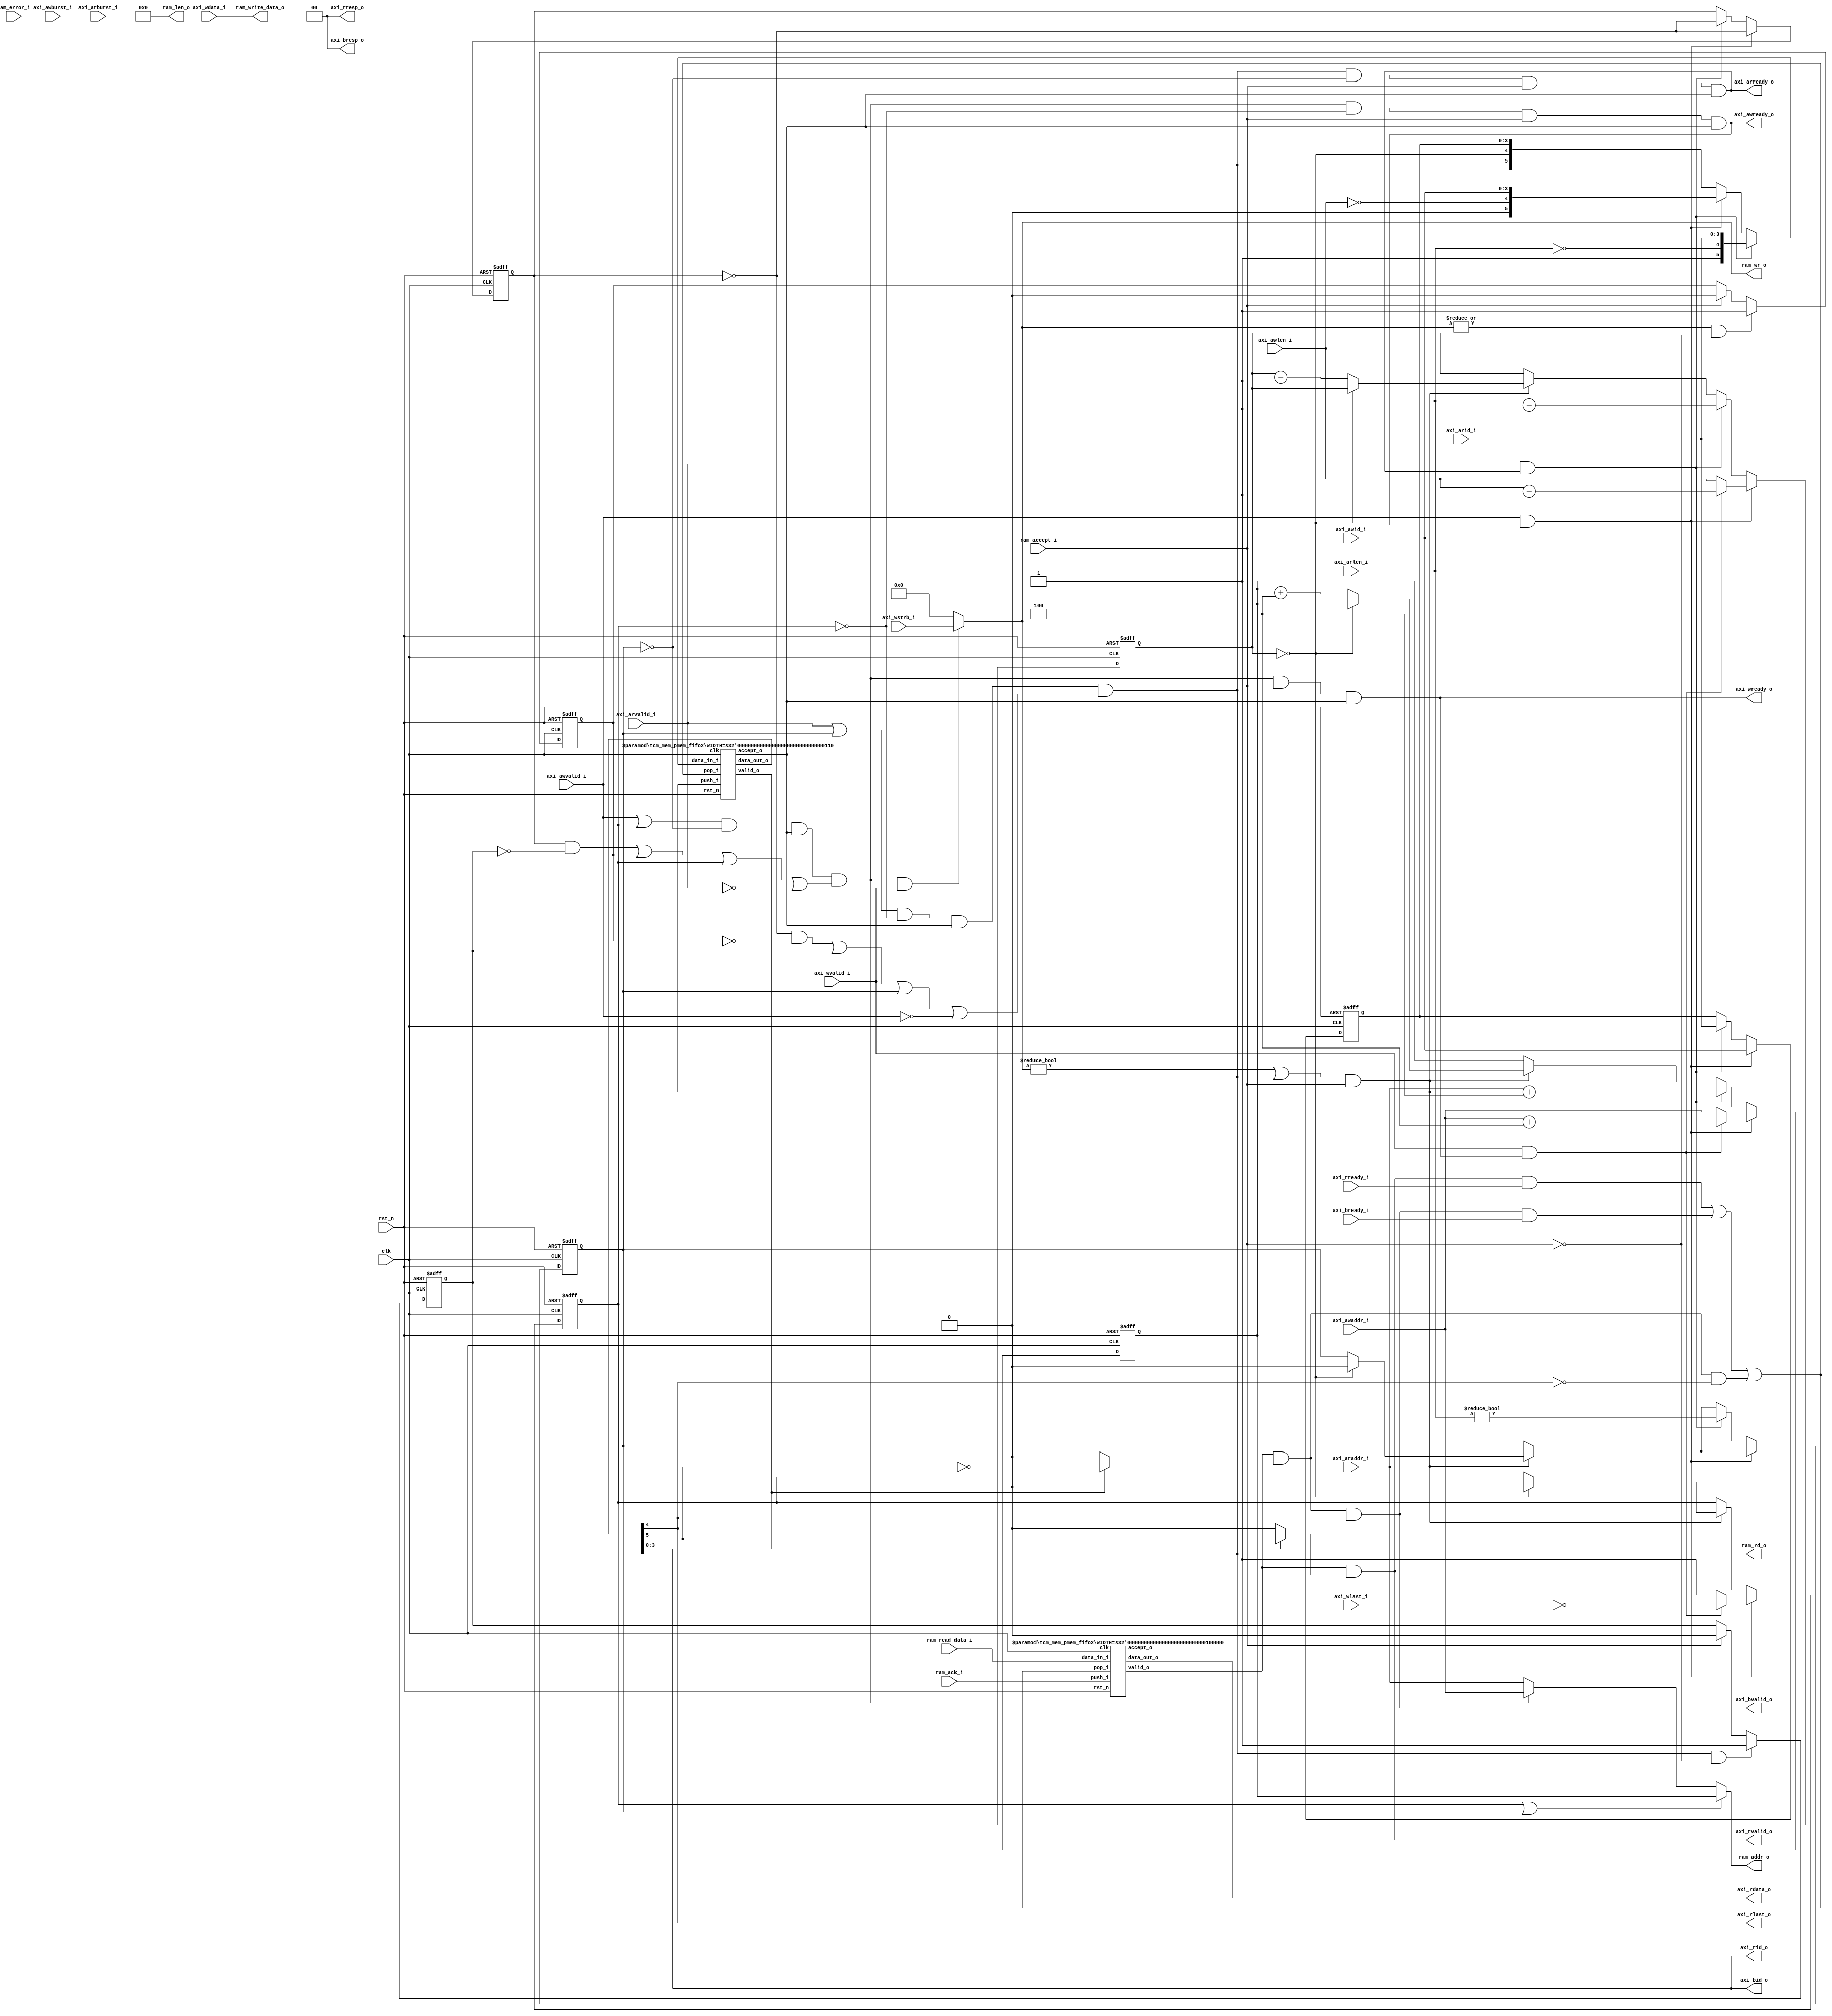
//-----------------------------------------------------------------
//
// Copyright (c) 2022-2024 Zhengde
// All rights reserved.
//
//-----------------------------------------------------------------
//                         biRISC-V CPU
//                            V0.6.0
//                     Ultra-Embedded.com
//                     Copyright 2019-2020
//
//                   admin@ultra-embedded.com
//
//                     License: Apache 2.0
//-----------------------------------------------------------------
// Copyright 2020 Ultra-Embedded.com
// 
// Licensed under the Apache License, Version 2.0 (the "License");
// you may not use this file except in compliance with the License.
// You may obtain a copy of the License at
// 
//     http://www.apache.org/licenses/LICENSE-2.0
// 
// Unless required by applicable law or agreed to in writing, software
// distributed under the License is distributed on an "AS IS" BASIS,
// WITHOUT WARRANTIES OR CONDITIONS OF ANY KIND, either express or implied.
// See the License for the specific language governing permissions and
// limitations under the License.
//-----------------------------------------------------------------

module tcm_mem_pmem
(
    // Inputs
    input           clk              ,
    input           rst_n            ,
    input           axi_awvalid_i    ,
    input  [ 31:0]  axi_awaddr_i     ,
    input  [  3:0]  axi_awid_i       ,
    input  [  7:0]  axi_awlen_i      ,
    input  [  1:0]  axi_awburst_i    ,
    input           axi_wvalid_i     ,
    input  [ 31:0]  axi_wdata_i      ,
    input  [  3:0]  axi_wstrb_i      ,
    input           axi_wlast_i      ,
    input           axi_bready_i     ,
    input           axi_arvalid_i    ,
    input  [ 31:0]  axi_araddr_i     ,
    input  [  3:0]  axi_arid_i       ,
    input  [  7:0]  axi_arlen_i      ,
    input  [  1:0]  axi_arburst_i    ,
    input           axi_rready_i     ,
    input           ram_accept_i     ,
    input           ram_ack_i        ,
    input           ram_error_i      ,
    input  [ 31:0]  ram_read_data_i  ,

    // Outputs
    output          axi_awready_o    ,
    output          axi_wready_o     ,
    output          axi_bvalid_o     ,
    output [  1:0]  axi_bresp_o      ,
    output [  3:0]  axi_bid_o        ,
    output          axi_arready_o    ,
    output          axi_rvalid_o     ,
    output [ 31:0]  axi_rdata_o      ,
    output [  1:0]  axi_rresp_o      ,
    output [  3:0]  axi_rid_o        ,
    output          axi_rlast_o      ,
    output [  3:0]  ram_wr_o         ,
    output          ram_rd_o         ,
    output [  7:0]  ram_len_o        ,
    output [ 31:0]  ram_addr_o       ,
    output [ 31:0]  ram_write_data_o 
);

    //-------------------------------------------------------------
    // calculate_addr_next
    //-------------------------------------------------------------
    function [31:0] calculate_addr_next;
        input [31:0] addr;
        input [1:0]  axtype;
        input [7:0]  axlen;
    
        reg [31:0]   mask;
    begin
        mask = 0;
    
        case (axtype)
    `ifdef SUPPORT_FIXED_BURST
        2'd0: // AXI4_BURST_FIXED
        begin
            calculate_addr_next = addr;
        end
    `endif
    `ifdef SUPPORT_WRAP_BURST
        2'd2: // AXI4_BURST_WRAP
        begin
            case (axlen)
            8'd0:      mask = 32'h03;
            8'd1:      mask = 32'h07;
            8'd3:      mask = 32'h0F;
            8'd7:      mask = 32'h1F;
            8'd15:     mask = 32'h3F;
            default:   mask = 32'h3F;
            endcase
    
            calculate_addr_next = (addr & ~mask) | ((addr + 4) & mask);
        end
    `endif
        default: // AXI4_BURST_INCR
            calculate_addr_next = addr + 4;
        endcase
    end
    endfunction

    //-----------------------------------------------------------------
    // Registers / Wires
    //-----------------------------------------------------------------
    reg [7:0]   req_len_q;
    reg [31:0]  req_addr_q;
    reg         req_rd_q;
    reg         req_wr_q;
    reg [3:0]   req_id_q;
    reg [1:0]   req_axburst_q;
    reg [7:0]   req_axlen_q;
    reg         req_prio_q;
    reg         req_hold_rd_q;
    reg         req_hold_wr_q;
    
    wire        req_fifo_accept_w;

    //-----------------------------------------------------------------
    // Sequential
    //-----------------------------------------------------------------
    always @(posedge clk or negedge rst_n) begin
        if (!rst_n)
        begin
            req_len_q     <= 8'b0;
            req_addr_q    <= 32'b0;
            req_wr_q      <= 1'b0;
            req_rd_q      <= 1'b0;
            req_id_q      <= 4'b0;
            req_axburst_q <= 2'b0;
            req_axlen_q   <= 8'b0;
            req_prio_q    <= 1'b0;
        end
        else begin
            // Burst continuation
            if ((ram_wr_o != 4'b0 || ram_rd_o) && ram_accept_i)
            begin
                if (req_len_q == 8'd0)
                begin
                    req_rd_q   <= 1'b0;
                    req_wr_q   <= 1'b0;
                end
                else
                begin
                    req_addr_q <= calculate_addr_next(req_addr_q, req_axburst_q, req_axlen_q);
                    req_len_q  <= req_len_q - 8'd1;
                end
            end
        
            // Write command accepted
            if (axi_awvalid_i && axi_awready_o)
            begin
                // Data ready?
                if (axi_wvalid_i && axi_wready_o)
                begin
                    req_wr_q      <= !axi_wlast_i;
                    req_len_q     <= axi_awlen_i - 8'd1;
                    req_id_q      <= axi_awid_i;
                    req_axburst_q <= axi_awburst_i;
                    req_axlen_q   <= axi_awlen_i;
                    req_addr_q    <= calculate_addr_next(axi_awaddr_i, axi_awburst_i, axi_awlen_i);
                end
                // Data not ready
                else
                begin
                    req_wr_q      <= 1'b1;
                    req_len_q     <= axi_awlen_i;
                    req_id_q      <= axi_awid_i;
                    req_axburst_q <= axi_awburst_i;
                    req_axlen_q   <= axi_awlen_i;
                    req_addr_q    <= axi_awaddr_i;
                end
                req_prio_q    <= !req_prio_q;
            end
            // Read command accepted
            else if (axi_arvalid_i && axi_arready_o)
            begin
                req_rd_q      <= (axi_arlen_i != 0);
                req_len_q     <= axi_arlen_i - 8'd1;
                req_addr_q    <= calculate_addr_next(axi_araddr_i, axi_arburst_i, axi_arlen_i);
                req_id_q      <= axi_arid_i;
                req_axburst_q <= axi_arburst_i;
                req_axlen_q   <= axi_arlen_i;
                req_prio_q    <= !req_prio_q;
            end
        end
    end

    always @(posedge clk or negedge rst_n) begin
        if (!rst_n)
        begin
            req_hold_rd_q   <= 1'b0;
            req_hold_wr_q   <= 1'b0;
        end
        else begin
            if (ram_rd_o && !ram_accept_i)
                req_hold_rd_q   <= 1'b1;
            else if (ram_accept_i)
                req_hold_rd_q   <= 1'b0;
        
            if ((|ram_wr_o) && !ram_accept_i)
                req_hold_wr_q   <= 1'b1;
            else if (ram_accept_i)
                req_hold_wr_q   <= 1'b0;
        end
    end

    //-----------------------------------------------------------------
    // Request tracking
    //-----------------------------------------------------------------
    wire       req_push_w = (ram_rd_o || (ram_wr_o != 4'b0)) && ram_accept_i;
    reg [5:0]  req_in_r;
    
    wire       req_out_valid_w;
    wire [5:0] req_out_w;
    wire       resp_accept_w;

    always @(*) begin
        req_in_r = 6'b0;
    
        // First cycle of read burst
        if (axi_arvalid_i && axi_arready_o)
            req_in_r = {1'b1, (axi_arlen_i == 8'd0), axi_arid_i};
        // First cycle of write burst
        else if (axi_awvalid_i && axi_awready_o)
            req_in_r = {1'b0, (axi_awlen_i == 8'd0), axi_awid_i};
        // In burst
        else
            req_in_r = {ram_rd_o, (req_len_q == 8'd0), req_id_q};
    end

    tcm_mem_pmem_fifo2
    #( .WIDTH (1 + 1 + 4) )
    u_requests
    (
        .clk          (clk),
        .rst_n        (rst_n),
    
        // Input
        .data_in_i    (req_in_r),
        .push_i       (req_push_w),
        .accept_o     (req_fifo_accept_w),
    
        // Output
        .pop_i        (resp_accept_w),
        .data_out_o   (req_out_w),
        .valid_o      (req_out_valid_w)
    );

    wire resp_is_write_w = req_out_valid_w ? ~req_out_w[5] : 1'b0;
    wire resp_is_read_w  = req_out_valid_w ? req_out_w[5]  : 1'b0;
    wire resp_is_last_w  = req_out_w[4];
    wire [3:0] resp_id_w = req_out_w[3:0];

    //-----------------------------------------------------------------
    // Response buffering
    //-----------------------------------------------------------------
    wire resp_valid_w;
    
    tcm_mem_pmem_fifo2
    #( .WIDTH (32) )
    u_response
    (
        .clk            (clk),
        .rst_n          (rst_n),
    
        // Input
        .data_in_i      (ram_read_data_i),
        .push_i         (ram_ack_i),
        .accept_o       (),
    
        // Output
        .pop_i          (resp_accept_w),
        .data_out_o     (axi_rdata_o),
        .valid_o        (resp_valid_w)
    );

    //-----------------------------------------------------------------
    // RAM Request
    //-----------------------------------------------------------------
    
    // Round robin priority between read and write
    wire write_prio_w   = ((req_prio_q  & !req_hold_rd_q) | req_hold_wr_q);
    wire read_prio_w    = ((!req_prio_q & !req_hold_wr_q) | req_hold_rd_q);
    
    wire write_active_w  = (axi_awvalid_i || req_wr_q) && !req_rd_q && req_fifo_accept_w && (write_prio_w || req_wr_q || !axi_arvalid_i);
    wire read_active_w   = (axi_arvalid_i || req_rd_q) && !req_wr_q && req_fifo_accept_w && (read_prio_w || req_rd_q || !axi_awvalid_i);
    
    assign axi_awready_o = write_active_w && !req_wr_q && ram_accept_i && req_fifo_accept_w;
    assign axi_wready_o  = write_active_w &&              ram_accept_i && req_fifo_accept_w;
    assign axi_arready_o = read_active_w  && !req_rd_q && ram_accept_i && req_fifo_accept_w;
    
    wire [31:0] addr_w   = ((req_wr_q || req_rd_q) ? req_addr_q:
                            write_active_w ? axi_awaddr_i : axi_araddr_i);
    
    wire wr_w    = write_active_w && axi_wvalid_i;
    wire rd_w    = read_active_w;

    // RAM if
    assign ram_addr_o       = addr_w;
    assign ram_write_data_o = axi_wdata_i;
    assign ram_rd_o         = rd_w;
    assign ram_wr_o         = wr_w ? axi_wstrb_i : 4'b0;
    assign ram_len_o        = 8'b0;

    //-----------------------------------------------------------------
    // Response
    //-----------------------------------------------------------------
    assign axi_bvalid_o  = resp_valid_w & resp_is_write_w & resp_is_last_w;
    assign axi_bresp_o   = 2'b0;
    assign axi_bid_o     = resp_id_w;
    
    assign axi_rvalid_o  = resp_valid_w & resp_is_read_w;
    assign axi_rresp_o   = 2'b0;
    assign axi_rid_o     = resp_id_w;
    assign axi_rlast_o   = resp_is_last_w;
    
    assign resp_accept_w    = (axi_rvalid_o & axi_rready_i) | 
                              (axi_bvalid_o & axi_bready_i) |
                              (resp_valid_w & resp_is_write_w & !resp_is_last_w); // Ignore write resps mid burst
    
endmodule

//-----------------------------------------------------------------
// FIFO
//-----------------------------------------------------------------
module tcm_mem_pmem_fifo2
//-----------------------------------------------------------------
// Params
//-----------------------------------------------------------------
#(
    parameter WIDTH   = 8,
    parameter DEPTH   = 4,
    parameter ADDR_W  = 2
)
//-----------------------------------------------------------------
// Ports
//-----------------------------------------------------------------
(
    // Inputs
    input               clk       ,
    input               rst_n     ,
    input  [WIDTH-1:0]  data_in_i ,
    input               push_i    ,
    input               pop_i     ,

    // Outputs
    output [WIDTH-1:0]  data_out_o ,
    output              accept_o   ,
    output              valid_o    
);
    
    //-----------------------------------------------------------------
    // Local Params
    //-----------------------------------------------------------------
    localparam COUNT_W = ADDR_W + 1;
    
    //-----------------------------------------------------------------
    // Registers
    //-----------------------------------------------------------------
    reg [WIDTH-1:0]         ram [DEPTH-1:0];
    reg [ADDR_W-1:0]        rd_ptr;
    reg [ADDR_W-1:0]        wr_ptr;
    reg [COUNT_W-1:0]       count;
    
    //-----------------------------------------------------------------
    // Sequential
    //-----------------------------------------------------------------
    always @(posedge clk or negedge rst_n) begin
        if (!rst_n)
        begin
            count   <= {(COUNT_W) {1'b0}};
            rd_ptr  <= {(ADDR_W) {1'b0}};
            wr_ptr  <= {(ADDR_W) {1'b0}};
        end
        else begin
            // Push
            if (push_i & accept_o)
            begin
                ram[wr_ptr] <= data_in_i;
                wr_ptr      <= wr_ptr + 1;
            end
        
            // Pop
            if (pop_i & valid_o)
                rd_ptr      <= rd_ptr + 1;
        
            // Count up
            if ((push_i & accept_o) & ~(pop_i & valid_o))
                count <= count + 1;
            // Count down
            else if (~(push_i & accept_o) & (pop_i & valid_o))
                count <= count - 1;
        end
    end
    
    //-------------------------------------------------------------------
    // Combinatorial
    //-------------------------------------------------------------------
    /* verilator lint_off WIDTH */
    assign accept_o   = (count != DEPTH);
    assign valid_o    = (count != 0);
    /* verilator lint_on WIDTH */
    
    assign data_out_o = ram[rd_ptr];
    
endmodule